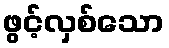
ဖွင့်လှစ်သော